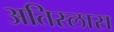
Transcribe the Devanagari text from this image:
अतिस्लास